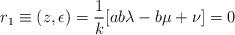
LaTeX: \begin{align*}r_{1} \equiv (z, \epsilon) = \frac{1}{k} [ab\lambda - b\mu + \nu] = 0\end{align*}